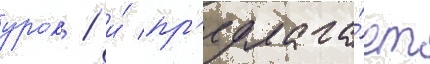
урок / и́ пр'едлага́ет